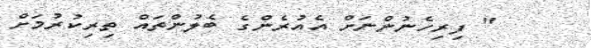
" ފިރިހެނުންނަށް އެއުރެންގެ ބެލުންތައް ތިރިކުރުމަށް